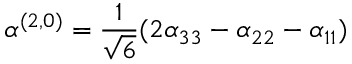
\alpha ^ { ( 2 , 0 ) } = \frac { 1 } { \sqrt { 6 } } ( 2 \alpha _ { 3 3 } - \alpha _ { 2 2 } - \alpha _ { 1 1 } )